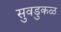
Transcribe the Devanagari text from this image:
सुवडुकळ